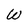
Character: W